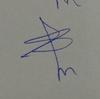
Signature authenticity: genuine